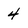
Character: 4